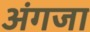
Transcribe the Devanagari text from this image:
अंगजा